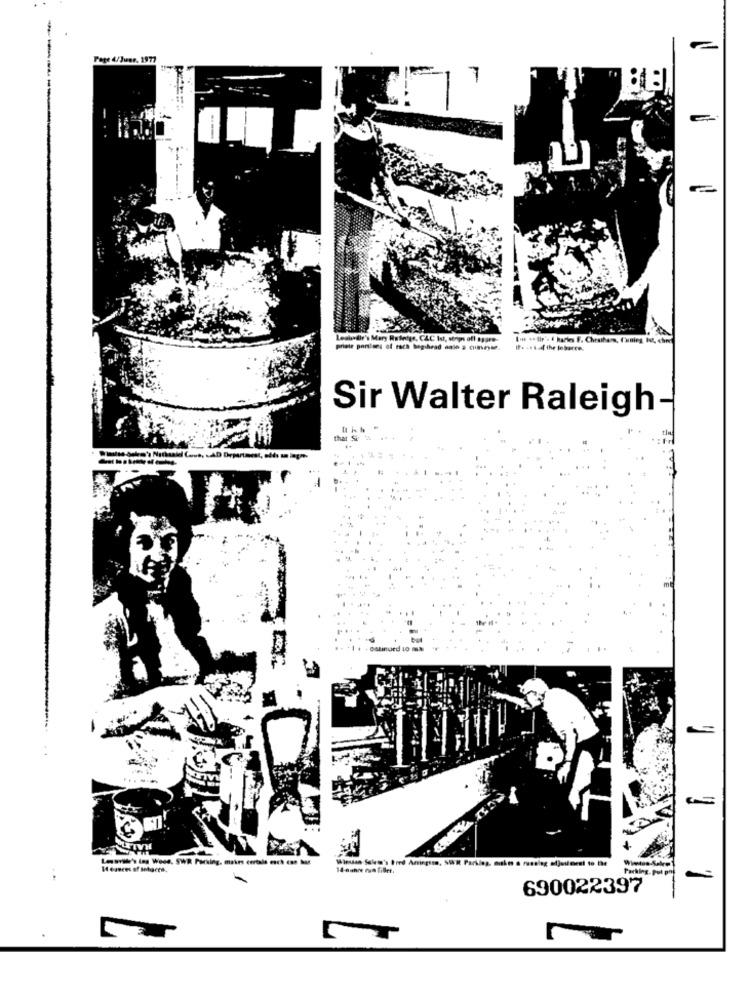
Pape 4/Juer, 1977
Lesisdie's Mary Rutledge, CLC Ist, strips off spare-
Low .elle's { haries F. Cheathama, Tuning, hot, choo
priete portions of raca beghrad aale a cuineyse.
If. .. & d the lobarre.
Sir Walter Raleigh
ULTIVH
LesTil's ing Weos, SWR Parking, makes certale esch
14-ounce run fillet.
Parking. Pulpo
690022397